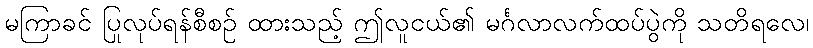
မကြာခင် ပြုလုပ်ရန်စီစဉ် ထားသည့် ဤလူငယ်၏ မင်္ဂလာလက်ထပ်ပွဲကို သတိရလေ၊